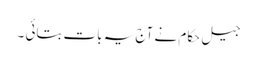
جیل حکام نے آج یہ بات بتائی ۔